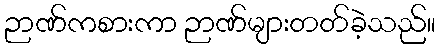
ဉာဏ်ကစားကာ ဉာဏ်များတတ်ခဲ့သည်။